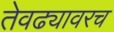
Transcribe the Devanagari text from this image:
तेवढ्यावरच